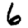
Digit: 6